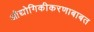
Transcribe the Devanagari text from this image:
औद्योगिकीकरणाबाबत